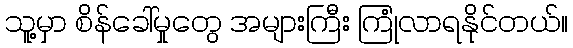
သူ့မှာ စိန်ခေါ်မှုတွေ အများကြီး ကြုံလာရနိုင်တယ်။